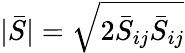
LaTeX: |\bar{S}|=\sqrt{2\bar{S}_{ij}\bar{S}_{ij}}